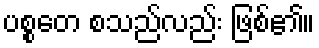
ပစ္စတေ စသည်လည်း ဖြစ်၏။